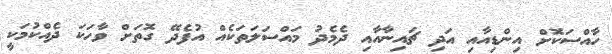
ހާއްސަކޮށް އިންޑިއާއި އަދި ޗައިނާއާއި ދެމެދު މައްސަލަތަކެއް އުފެދޭ ގޮތަށް ވާހަކަ ދެއްކުމަކީ